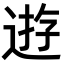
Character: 逰